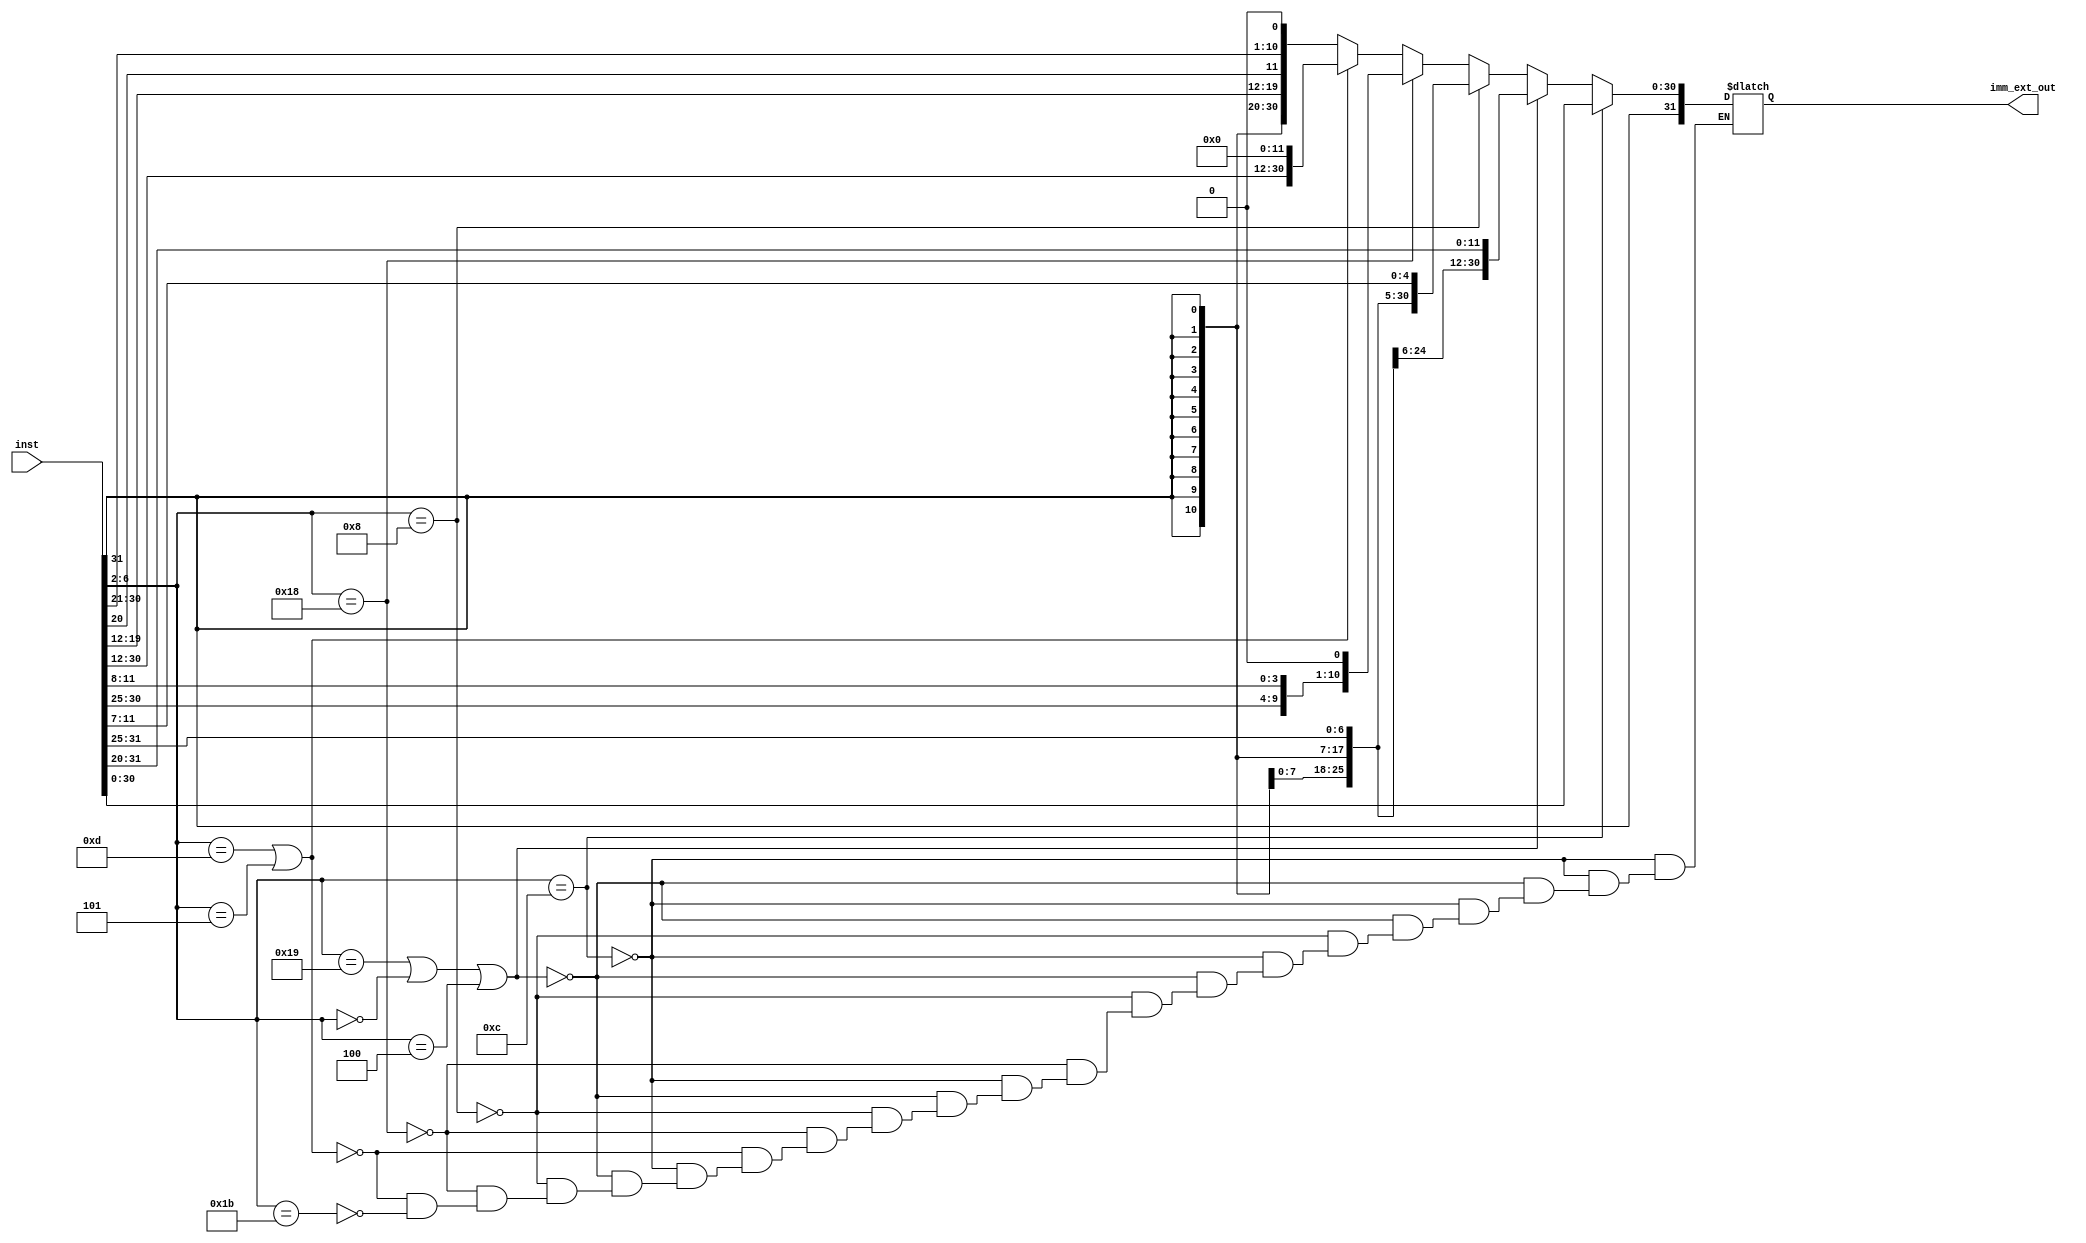
module Imm_Ext ( 
    input [31:0] inst, 
    output reg [31:0] imm_ext_out 
);

always @(*) begin
    // R-type
    if (inst[6:2] == 5'b01100) begin
        imm_ext_out = inst;
    end

    // I-type
    else if (inst[6:2] == 5'b11001 || inst[6:2] == 5'b00000 || inst[6:2] == 5'b00100) begin
        imm_ext_out = {{20{inst[31]}}, inst[31:20]};
    end

    // S-type
    else if (inst[6:2] == 5'b01000) begin
        imm_ext_out = {{20{inst[31]}}, inst[31:25], inst[11:7]};
    end

    // B-type
    else if (inst[6:2] == 5'b11000) begin
        imm_ext_out = {{20{inst[31]}}, inst[7], inst[30:25], inst[11:8], 1'b0};
    end

    // U-type
    else if (inst[6:2] == 5'b01101 || inst[6:2] == 5'b00101) begin
        imm_ext_out = {inst[31:12], 12'b0};
    end

    // J-type
    else if (inst[6:2] == 5'b11011) begin
        imm_ext_out = {{12{inst[31]}}, inst[19:12], inst[20], inst[30:21], 1'b0};
    end
end
    

endmodule